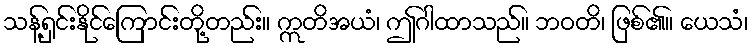
သန့်ရှင်းနိုင်ကြောင်းတို့တည်း။ ဣတိအယံ၊ ဤဂါထာသည်။ ဘဝတိ၊ ဖြစ်၏။ ယေသံ၊